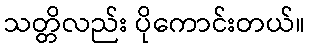
သတ္တိလည်း ပိုကောင်းတယ်။